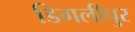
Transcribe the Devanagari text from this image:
डिगलीपुर